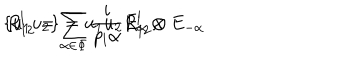
\{ u _ { 1 } u _ { 2 } \} = u _ { 1 } u _ { 2 } R _ { 1 2 } ^ { l } , \hspace { 0 . 8 c m } R _ { 1 2 } ^ { l } = \sum _ { \alpha \in \Phi } { \frac { i } { p _ { l } \alpha } } E _ { \alpha } \otimes E _ { - \alpha }